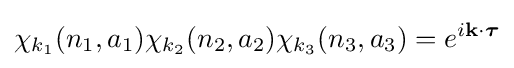
\chi _{k_{1}}(n_{1},a_{1})\chi _{k_{2}}(n_{2},a_{2})\chi _{k_{3}}(n_{3},a_{3})=e^{i\mathbf {k} \cdot {\boldsymbol {\tau }}}